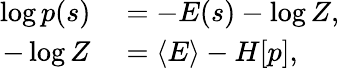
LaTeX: \begin{array}{r}{\begin{array}{rl}{\log p(s)}&{{}=-E(s)-\log Z,}\\ {-\log Z}&{{}=\left<E\right>-H[p],}\end{array}}\end{array}